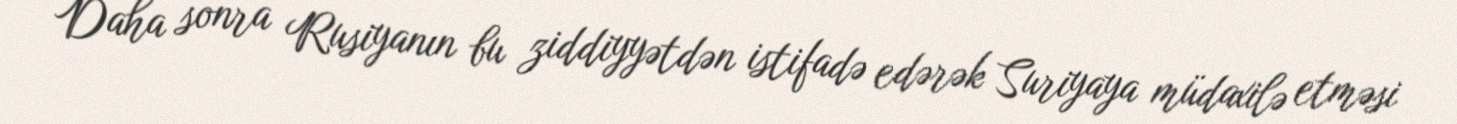
Daha sonra Rusiyanın bu ziddiyyətdən istifadə edərək Suriyaya müdaxilə etməsi